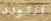
التودد